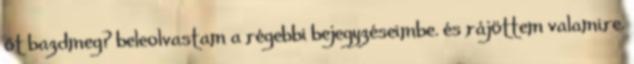
őt bazdmeg? beleolvastam a régebbi bejegyzéseimbe. és rájöttem valamire.